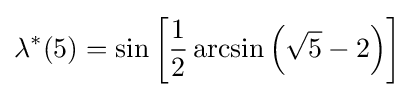
\lambda ^{*}(5)=\sin \left[{\frac {1}{2}}\arcsin \left({\sqrt {5}}-2\right)\right]